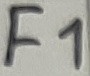
Text: F1